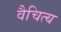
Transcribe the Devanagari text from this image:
वैचित्य